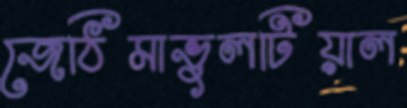
জেঠিমাভুলটিয়াল